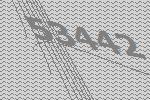
53442